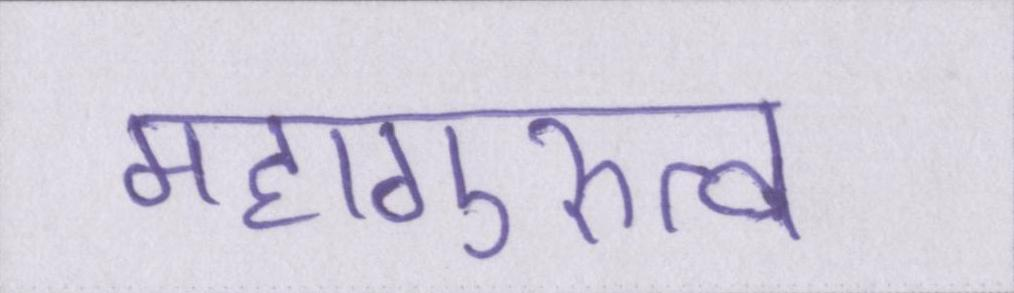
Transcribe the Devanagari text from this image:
महागुरुत्व